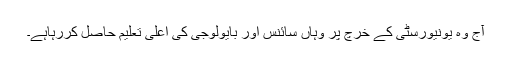
آج وہ یونیورسٹی کے خرچ پر وہاں سائنس اور بایولوجی کی اعلیٰ تعلیم حاصل کررہاہے۔